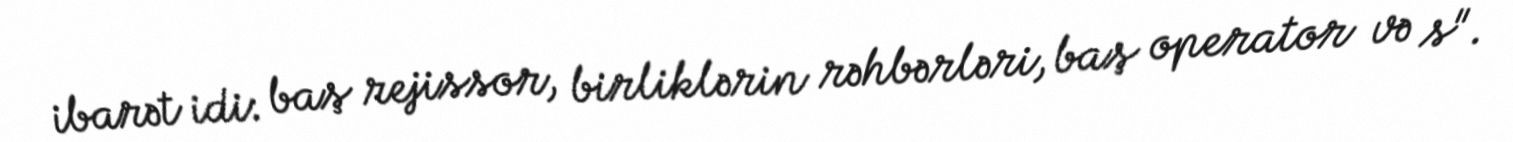
ibarət idi: baş rejissor, birliklərin rəhbərləri, baş operator və s".